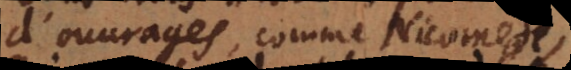
d’ouvrages, comme Nicomede,